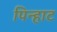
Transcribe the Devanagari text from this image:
पिन्हाट